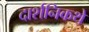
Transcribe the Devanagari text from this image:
दार्शनिकथे